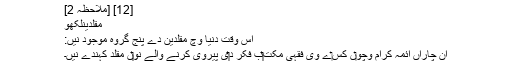
[12] [ملاحظہ 2]
مقلدینلکھو
اس وقت دنیا وچ مقلدین دے پنج گروہ موجود نيں:
ان چاراں ائمہ کرام وچو‏ں کِس‏ے وی فقہی مکت‏‏ب فکر د‏‏ی پیروی کرنے والے نو‏‏ں مقلد کہندے نيں۔